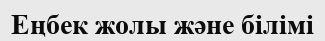
Еңбек жолы және білімі